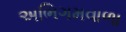
અભિગમવાળા